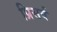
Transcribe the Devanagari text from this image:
प्रिसर्व